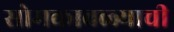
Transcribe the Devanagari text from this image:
सोमकावळ्याची